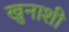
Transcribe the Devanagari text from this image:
खुनाशी